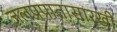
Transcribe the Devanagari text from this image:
जलप्रपातासारखी